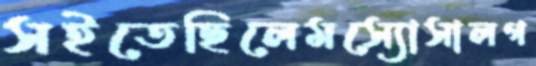
সইতেছিলেমস্যোসালগ